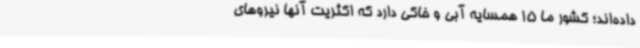
داده‌اند؛ کشور ما 15 همسایه آبی و خاکی دارد که اکثریت آنها نیروهای